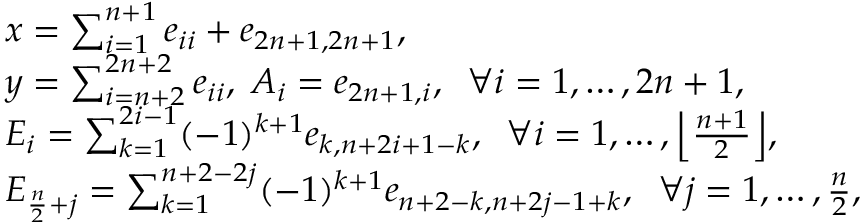
\begin{array} { r l } & { x = \sum _ { i = 1 } ^ { n + 1 } e _ { i i } + e _ { 2 n + 1 , 2 n + 1 } , \; } \\ & { y = \sum _ { i = n + 2 } ^ { 2 n + 2 } e _ { i i } , \; A _ { i } = e _ { 2 n + 1 , i } , \; \; \forall i = 1 , \ldots , 2 n + 1 , } \\ & { E _ { i } = \sum _ { k = 1 } ^ { 2 i - 1 } ( - 1 ) ^ { k + 1 } e _ { k , n + 2 i + 1 - k } , \; \; \forall i = 1 , \ldots , \Big \lfloor \frac { n + 1 } { 2 } \Big \rfloor , } \\ & { E _ { \frac { n } { 2 } + j } = \sum _ { k = 1 } ^ { n + 2 - 2 j } ( - 1 ) ^ { k + 1 } e _ { n + 2 - k , n + 2 j - 1 + k } , \; \; \forall j = 1 , \ldots , \frac { n } { 2 } , } \end{array}